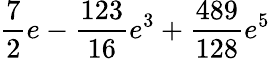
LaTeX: \frac{7}{2}e-\frac{123}{16}e^{3}+\frac{489}{128}e^{5}